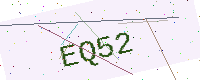
Text: EQ52